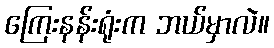
ကြေးနန်းရုံးက ဘယ်မှာလဲ။